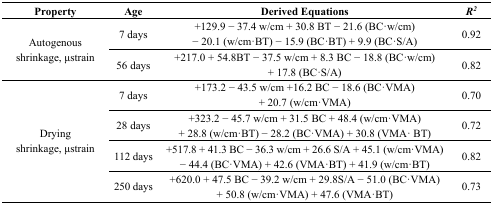
| Property | Age | Derived Equations | R2 |
 | --- | --- | --- | --- |
 | <ROWSPAN=2> Autogenous shrinkage, μstrain | 7 days | +129.9 − 37.4 w/cm + 30.8 BT − 21.6 (BC·w/cm) − 20.1 (w/cm·BT) − 15.9 (BC·BT) + 9.9 (BC·S/A) | 0.92 |
 | 56 days | +217.0 + 54.8BT − 37.5 w/cm + 8.3 BC − 18.8 (BC·w/cm) + 17.8 (BC·S/A) | 0.82 |
 | <ROWSPAN=4> Drying shrinkage, μstrain | 7 days | +173.2 − 43.5 w/cm +16.2 BC − 18.6 (BC·VMA) + 20.7 (w/cm·VMA) | 0.70 |
 | 28 days | +323.2 − 45.7 w/cm + 31.5 BC + 48.4 (w/cm·VMA) + 28.8 (w/cm·BT) − 28.2 (BC·VMA) + 30.8 (VMA· BT) | 0.72 |
 | 112 days | +517.8 + 41.3 BC − 36.3 w/cm + 26.6 S/A + 45.1 (w/cm·VMA) − 44.4 (BC·VMA) + 42.6 (VMA·BT) + 41.9 (w/cm·BT) | 0.82 |
 | 250 days | +620.0 + 47.5 BC − 39.2 w/cm + 29.8S/A − 51.0 (BC·VMA) + 50.8 (w/cm·VMA) + 47.6 (VMA·BT) | 0.73 |